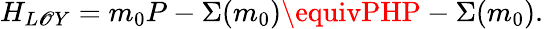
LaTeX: H_{L\mathscr{O}Y}=m_{0}P-\Sigma(m_{0})\equivPHP-\Sigma(m_{0}).